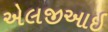
એલજીઆઇ